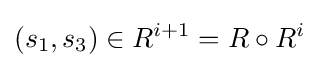
(s_{1},s_{3})\in R^{i+1}=R\circ R^{i}